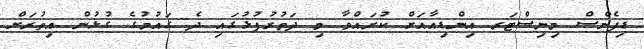
ޑިފެންސް މިނިސްޓަރ އިންޑިއާއަށް ކުރައްވާ މި ދަތުރުފުޅުގައި ދެ ގައުމުގެ ގުޅުން އިތުރަށް